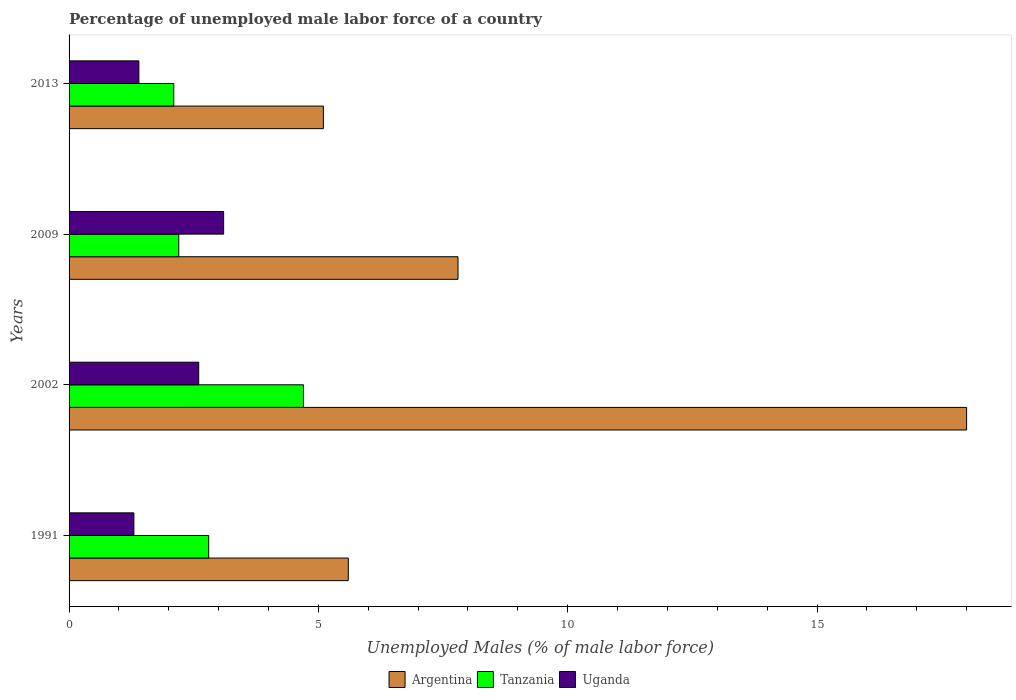
| Years | Argentina | Tanzania | Uganda |
 | --- | --- | --- | --- |
 | 1991 | 5.6 | 2.8 | 1.3 |
 | 2002 | 18 | 4.7 | 2.6 |
 | 2009 | 7.8 | 2.2 | 3.1 |
 | 2013 | 5.1 | 2.1 | 1.4 |